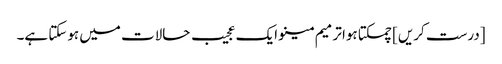
[درست کریں] چمکتا ہوا ترمیم مینو ایک عجیب حالات میں ہوسکتا ہے۔